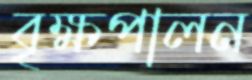
বৃক্ষপালন